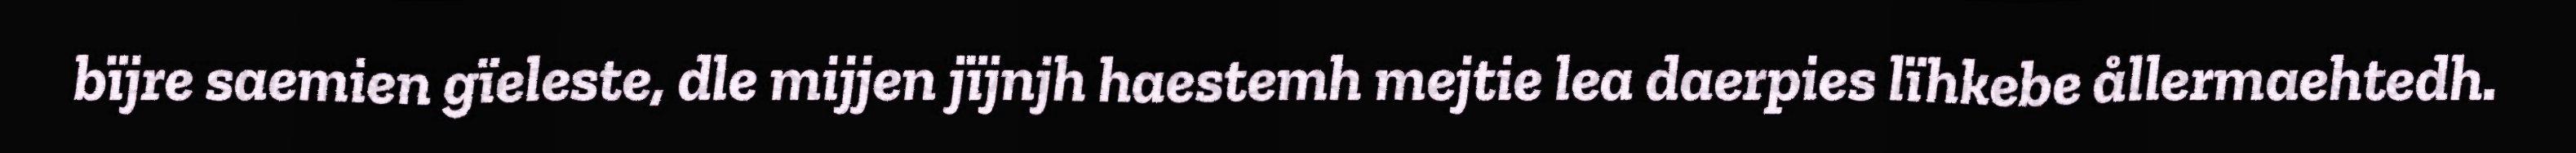
bïjre saemien gïeleste, dle mijjen jïjnjh haestemh mejtie lea daerpies lïhkebe ållermaehtedh.